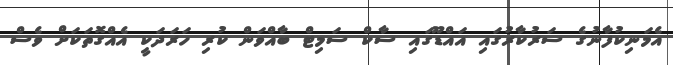
އެމަނިކުފާނުގެ ސަރުކާރުގައި އައްޑޫގައި ސާކް ސަމިޓް ބާއްވަން ކުރި ހަރަދަކީ އެއްގޮތަކަށް ވެސް